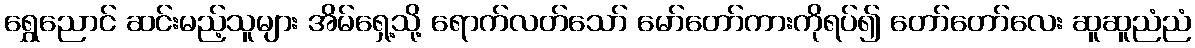
ရွှေညောင် ဆင်းမည့်သူများ အိမ်ရှေ့သို့ ရောက်လတ်သော် မော်တော်ကားကိုရပ်၍ တော်တော်လေး ဆူဆူညံညံ